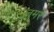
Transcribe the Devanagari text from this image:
ज़मरे